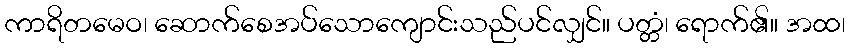
ကာရိတမေဝ၊ ဆောက်စေအပ်သောကျောင်းသည်ပင်လျှင်။ ပတ္တံ၊ ရောက်၏။ အထ၊